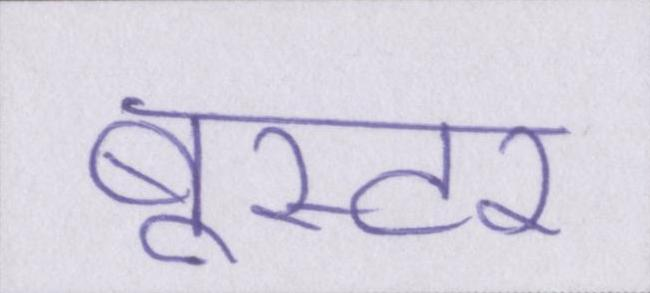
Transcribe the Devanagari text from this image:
बूस्टर